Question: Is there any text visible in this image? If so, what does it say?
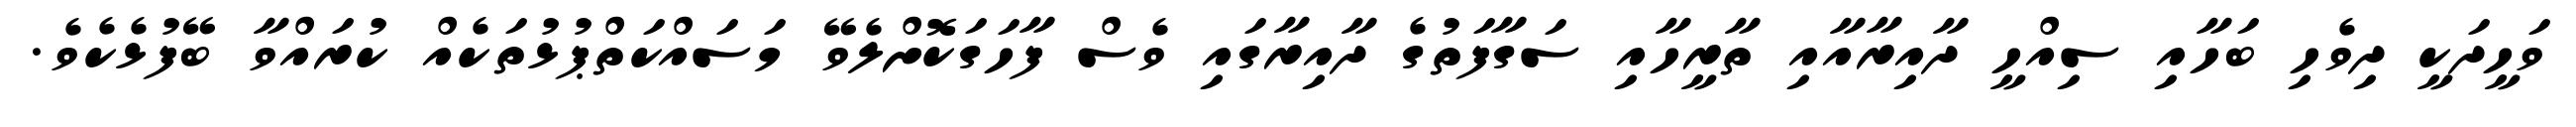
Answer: ވަހީދަކީ ދިވެހި ބަހާއި ސިއްހީ ދާއިރާއާއި ތާރީހާއި ސަގާފަތުގެ ދާއިރާގައި ވެސް ފާހަގަކޮށްލެވޭ މަސައްކަތްޕުޅުތަކެއް ކުރައްވާ ބޭފުޅެކެވެ.